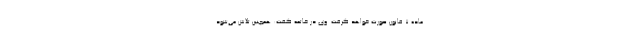
ماده ۷ قانون صورت خواهد گرفت. وی در خاتمه گفت: همچنین تلاش می‌شود